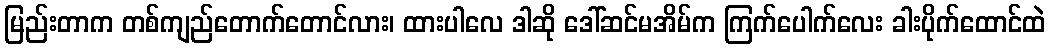
မြည်းတာက တစ်ကျည်တောက်တောင်လား၊ ထားပါလေ ဒါဆို ဒေါ်ဆင်မအိမ်က ကြက်ပေါက်လေး ခါးပိုက်ထောင်ထဲ